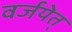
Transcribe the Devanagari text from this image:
वर्जयेत्